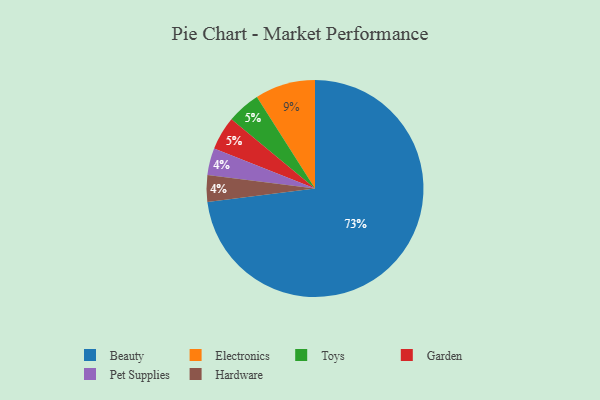
{"axis": {"x": "Category", "y": "Percentage"}, "legend": ["Beauty", "Electronics", "Garden", "Hardware", "Pet Supplies", "Toys"], "data": [{"x": "Toys", "y": 5, "type": "Toys"}, {"x": "Pet Supplies", "y": 4, "type": "Pet Supplies"}, {"x": "Electronics", "y": 9, "type": "Electronics"}, {"x": "Beauty", "y": 73, "type": "Beauty"}, {"x": "Hardware", "y": 4, "type": "Hardware"}, {"x": "Garden", "y": 5, "type": "Garden"}]}